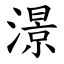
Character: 澋